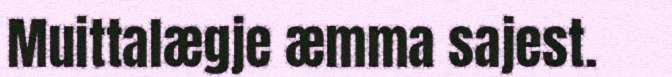
Muittalægje æmma sajest.